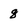
Character: 8